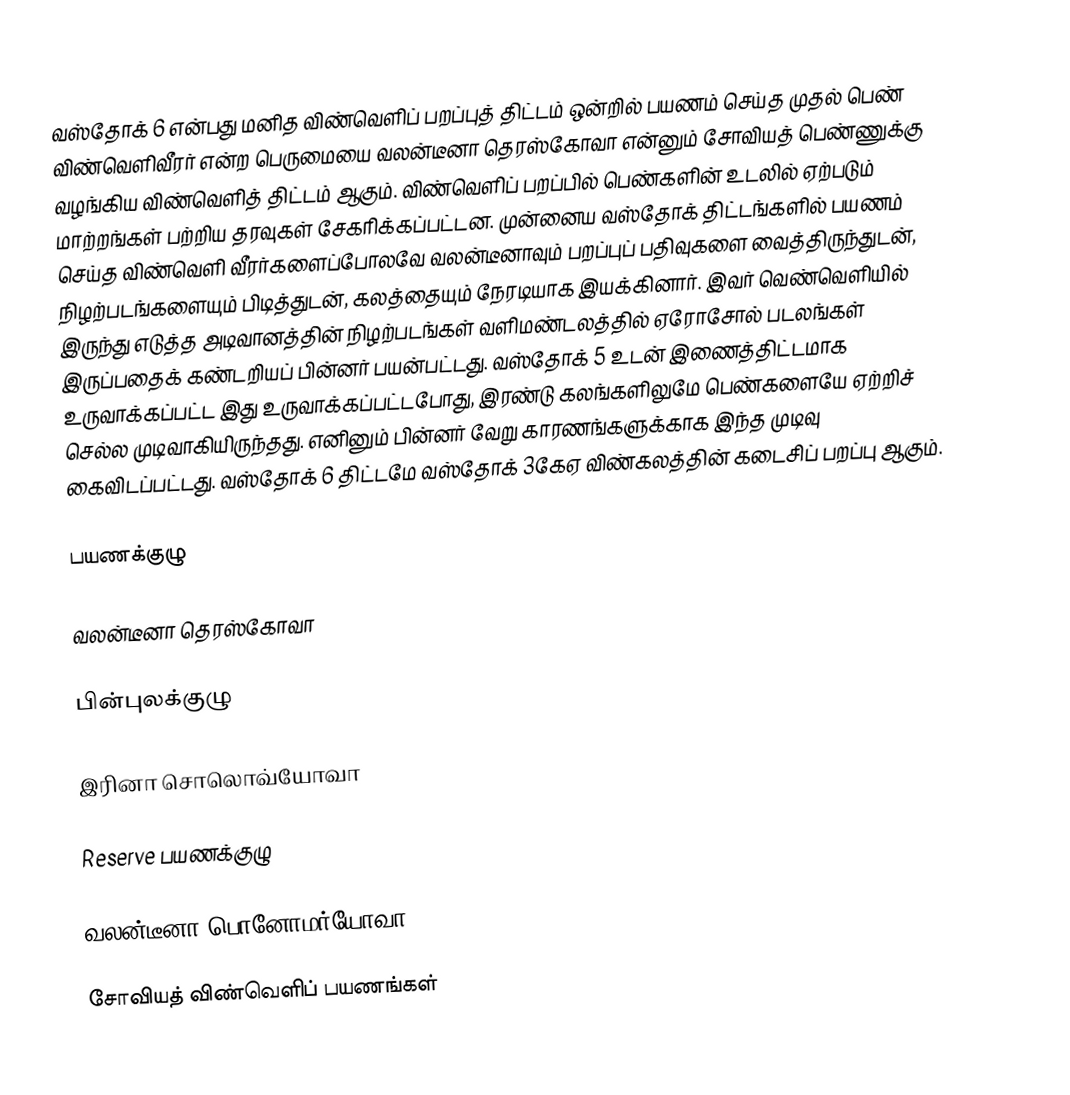
வஸ்தோக் 6 என்பது மனித விண்வெளிப் பறப்புத் திட்டம் ஒன்றில் பயணம் செய்த முதல் பெண் விண்வெளிவீரர் என்ற பெருமையை வலன்டீனா தெரஸ்கோவா என்னும் சோவியத் பெண்ணுக்கு வழங்கிய விண்வெளித் திட்டம் ஆகும். விண்வெளிப் பறப்பில் பெண்களின் உடலில் ஏற்படும் மாற்றங்கள் பற்றிய தரவுகள் சேகரிக்கப்பட்டன. முன்னைய வஸ்தோக் திட்டங்களில் பயணம் செய்த விண்வெளி வீரர்களைப்போலவே வலன்டீனாவும் பறப்புப் பதிவுகளை வைத்திருந்துடன், நிழற்படங்களையும் பிடித்துடன், கலத்தையும் நேரடியாக இயக்கினார். இவர் வெண்வெளியில் இருந்து எடுத்த அடிவானத்தின் நிழற்படங்கள் வளிமண்டலத்தில் ஏரோசோல் படலங்கள் இருப்பதைக் கண்டறியப் பின்னர் பயன்பட்டது. வஸ்தோக் 5 உடன் இணைத்திட்டமாக உருவாக்கப்பட்ட இது உருவாக்கப்பட்டபோது, இரண்டு கலங்களிலுமே பெண்களையே ஏற்றிச் செல்ல முடிவாகியிருந்தது. எனினும் பின்னர் வேறு காரணங்களுக்காக இந்த முடிவு கைவிடப்பட்டது. வஸ்தோக் 6 திட்டமே வஸ்தோக் 3கேஏ விண்கலத்தின் கடைசிப் பறப்பு ஆகும்.

பயணக்குழு

 வலன்டீனா தெரஸ்கோவா

பின்புலக்குழு

 இரினா சொலொவ்யோவா

Reserve பயணக்குழு

 வலன்டீனா பொனோமர்யோவா

சோவியத் விண்வெளிப் பயணங்கள்